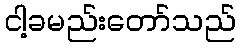
ငါ့ခမည်းတော်သည်